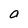
Character: O